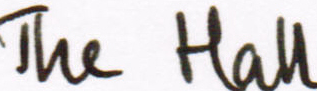
The Hall